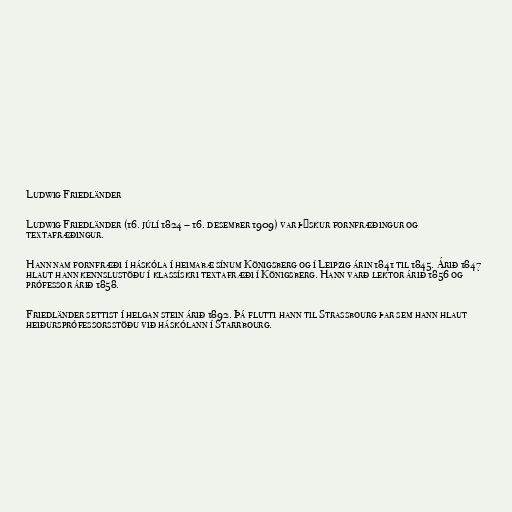
Ludwig Friedländer

Ludwig Friedländer (16. júlí 1824 – 16. desember 1909) var þýskur fornfræðingur og
textafræðingur.

Hann nam fornfræði í háskóla í heimabæ sínum Königsberg og í Leipzig árin 1841 til 1845. Árið 1847
hlaut hann kennslustöðu í klassískri textafræði í Königsberg. Hann varð lektor árið 1856 og
prófessor árið 1858.

Friedländer settist í helgan stein árið 1892. Þá flutti hann til Strassbourg þar sem hann hlaut
heiðursprófessorsstöðu við háskólann í Starrbourg.